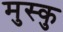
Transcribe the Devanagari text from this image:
मुस्कु